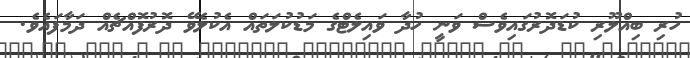
ހުރި ބިއްލޫރި ކުޑަދޮރުގައިވެސް ވަނީ ހުދާ ވައިލެޓްގެ މަޑުކުލަތައް އެކުލެވޭ ދޮރުފޮއްޗެއް ދަމާފައެވެ.